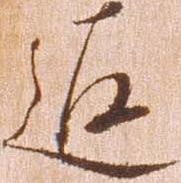
返